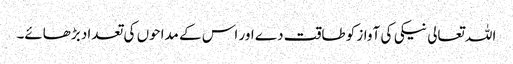
اللہ تعالی نیکی کی آواز کو طاقت دے اور اس کے مداحوں کی تعداد بڑھائے۔